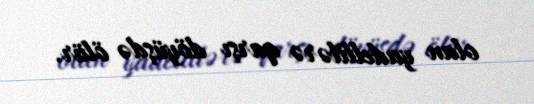
olan yadellilərə qarşı döyüşdə ölür.